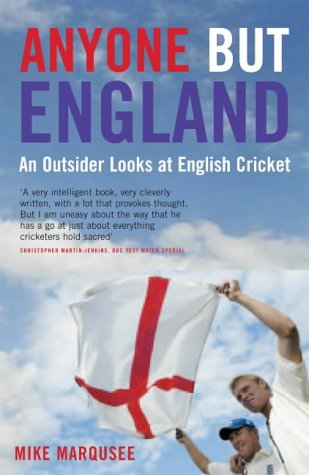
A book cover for Anyone But England: An Outsider Looks at English Cricket; Mike Marqusee; Sports & Outdoors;